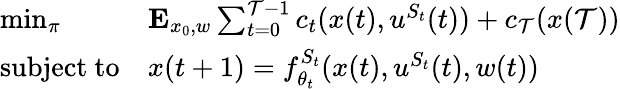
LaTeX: \begin{array}{r}{\begin{array}{ll}{\operatorname*{min}_{\pi}}&{\mathbf{E}_{x_{0},w}\sum_{t=0}^{\mathcal{T}-1}c_{t}(x(t),u^{S_{t}}(t))+c_{\mathcal{T}}(x(\mathcal{T}))}\\ {\mathrm{subject\ to}}&{x(t+1)=f_{\theta_{t}}^{S_{t}}(x(t),u^{S_{t}}(t),w(t))}\end{array}}\end{array}